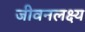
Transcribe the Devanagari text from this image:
जीवनलक्ष्य